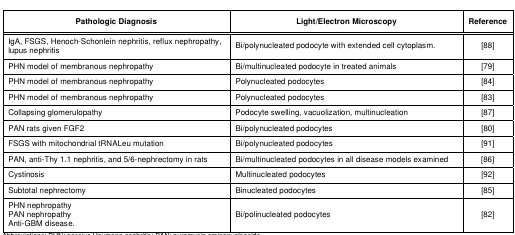
<table><thead><tr><td><b>Pathologic Diagnosis</b></td><td><b>Light/Electron Microscopy</b></td><td><b>Reference</b></td></tr></thead><tbody><tr><td>IgA, FSGS, Henoch-Schonlein nephritis, refluxnephropathy, lupus nephritis</td><td>Bi/polynucleated podocyte with extended cell cytoplasm.</td><td>[88]</td></tr><tr><td>PHN model of membranous nephropathy</td><td>Bi/multinucleated podocyte in treated animals</td><td>[79]</td></tr><tr><td>PHN model of membranous nephropathy</td><td>Polynucleated podocytes</td><td>[84]</td></tr><tr><td>PHN model of membranous nephropathy</td><td>Polynucleated podocytes</td><td>[83]</td></tr><tr><td>Collapsing glomerulopathy</td><td>Podocyte swelling, vacuolization, multinucleation</td><td>[87]</td></tr><tr><td>PAN rats given FGF2</td><td>Bi/polynucleated podocytes </td><td>[80]</td></tr><tr><td>FSGS with mitochondrial tRNALeu mutation</td><td>Bi/polynucleated podocytes </td><td>[91]</td></tr><tr><td>PAN, anti-Thy 1.1 nephritis, and 5/6-nephrectomy in rats</td><td>Bi/multinucleated podocytes in all disease modelsexamined</td><td>[86]</td></tr><tr><td>Cystinosis</td><td>Multinucleated podocytes </td><td>[92]</td></tr><tr><td>Subtotal nephrectomy</td><td>Binucleated podocytes</td><td>[85]</td></tr><tr><td>PHN nephropathyPAN nephropathyAnti-GBM disease.</td><td>Bi/polinucleated podocytes</td><td>[82]</td></tr></tbody></table>